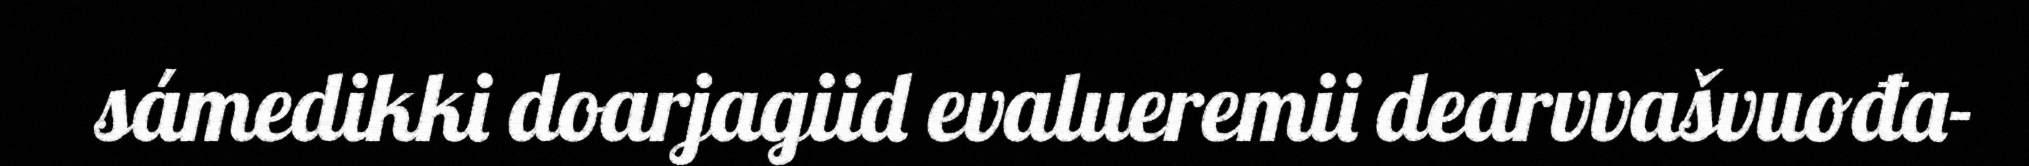
sámedikki doarjagiid evalueremii dearvvašvuođa-